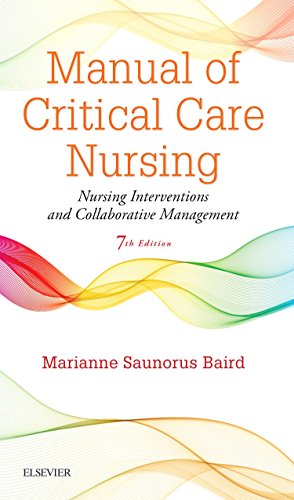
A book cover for Manual of Critical Care Nursing: Nursing Interventions and Collaborative Management, 7e; Marianne Saunorus Baird RN  MN; Medical Books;